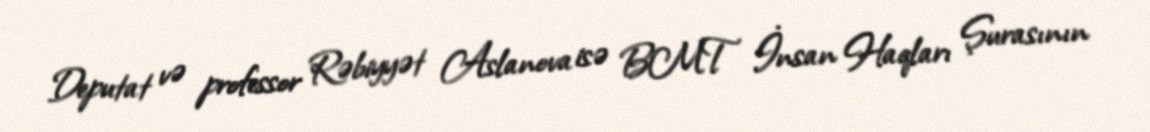
Deputat və professor Rəbiyyət Aslanova isə BMT İnsan Haqları Şurasının